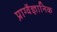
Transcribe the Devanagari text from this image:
प्राग्वैज्ञानिक